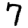
Digit: 7